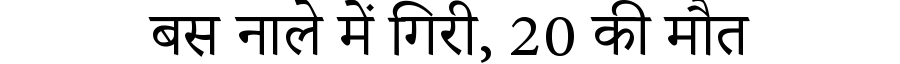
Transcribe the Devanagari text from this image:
बस नाले में गिरी, 20 की मौत